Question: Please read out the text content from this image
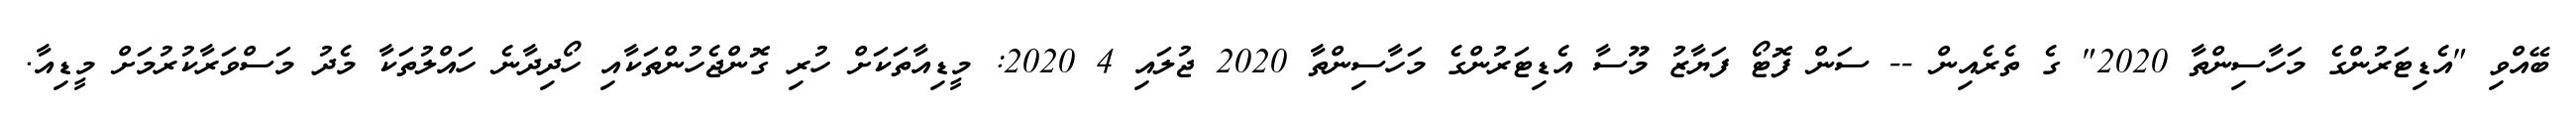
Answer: ބޭއްވި "އެޑިޓަރުންގެ މަހާސިންތާ 2020" ގެ ތެރެއިން -- ސަން ފޮޓޯ ފަޔާޒު މޫސާ އެޑިޓަރުންގެ މަހާސިންތާ 2020 ޖުލައި 4 2020: މީޑިއާތަކަށް ހުރި ގޮންޖެހުންތަކާއި ހޯދިދާނެ ހައްލުތަކާ މެދު މަސްވަރާކުރުމަށް މީޑިއާ.